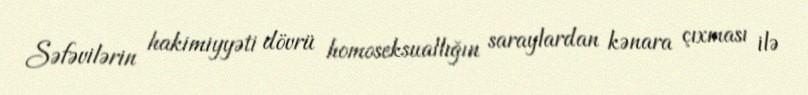
Səfəvilərin hakimiyyəti dövrü homoseksuallığın saraylardan kənara çıxması ilə